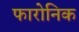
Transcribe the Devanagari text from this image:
फारोनिक